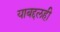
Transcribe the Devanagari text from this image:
याबद्दलही